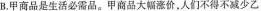
B. 甲商品是生活必需品。甲商品大幅涨价，人们不得不减少乙